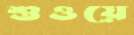
শুওয়ে